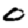
Digit: 0